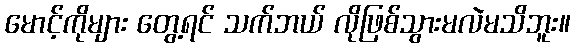
မောင့်ကိုများ တွေ့ရင် သက်ဘယ် လိုဖြစ်သွားမလဲမသိဘူး။